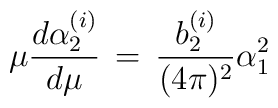
\mu {d \alpha_{2}^{(i)} \over d \mu} \,=\,{b_{2}^{(i)} \over (4 \pi)^{2}} \alpha_{1}^{2}